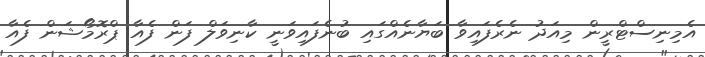
އެމިނިސްޓްރީން މިއަދު ނެރެފައިވާ ބަޔާނެއްގައި ބުނެފައިވަނީ ކާނިވަލް ފަން ފެއާ ޕްރޮމޯޝަން ފެއާ